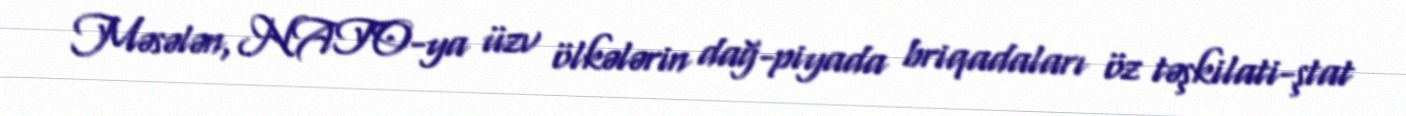
Məsələn, NATO-ya üzv ölkələrin dağ-piyada briqadaları öz təşkilati-ştat